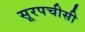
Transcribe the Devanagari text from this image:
सूरपचीसी